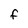
Character: F